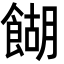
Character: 餬